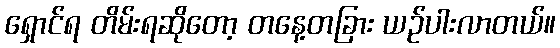
ရှောင်ရ တိမ်းရဆိုတော့ တနေ့တခြား ယဉ်ပါးလာတယ်။